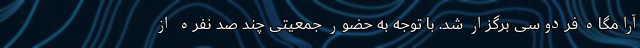
آرامگاه فردوسی برگزار ‌شد. با توجه به حضور جمعیتی چند صد نفره از